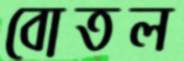
বোতল